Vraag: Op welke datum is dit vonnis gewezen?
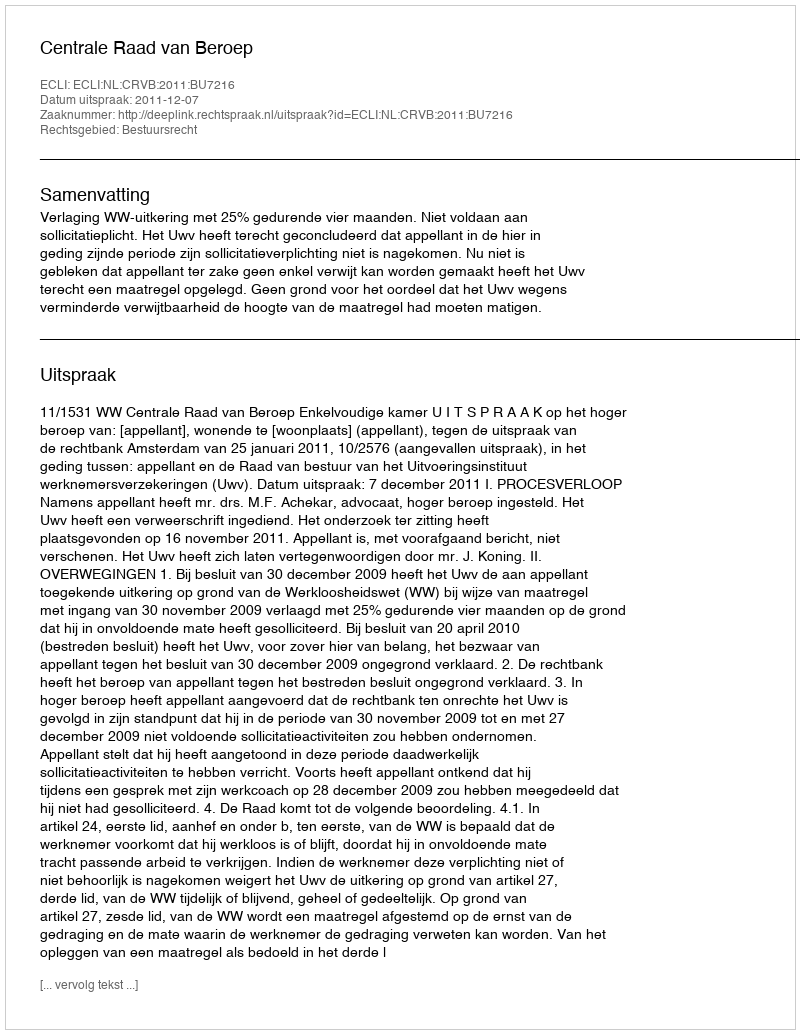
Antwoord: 2011-12-07